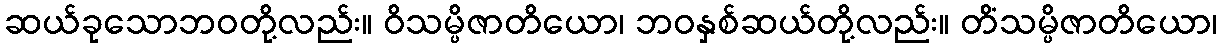
ဆယ်ခုသောဘဝတို့လည်း။ ဝိသမ္ပိဇာတိယော၊ ဘဝနှစ်ဆယ်တို့လည်း။ တိံသမ္ပိဇာတိယော၊